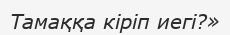
Тамаққа кіріп иегі?»